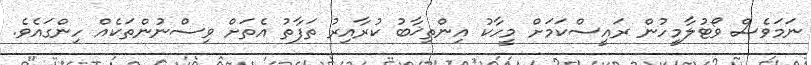
ނަމަވެސް ވޯޓުލާމީހުން ރައީސްކަމަށް މީހާކު އިންތިޚާބު ކުރާއިރު ތަފާތު އެތަށް ވިސްނުންތަކެއް ހިންގައެވެ.